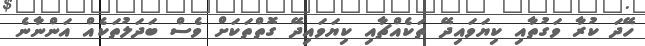
ހޭދަ ކުރާ ވަގުތާއި ކިޔަވައިދޭ ތަކެއްޗާއި ކިޔަވައިދޭ ގޮތްތަކަށް ވެސް ބަދަލުތަކެއް އަންނާނެ